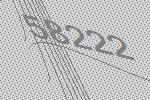
58222